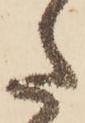
た